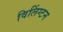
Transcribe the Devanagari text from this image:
विलिंग्टन